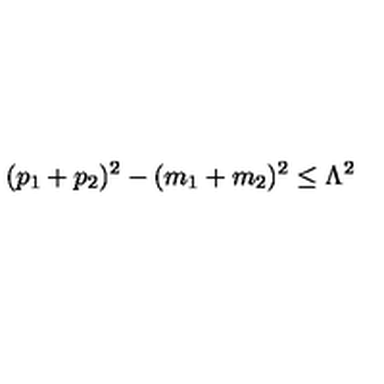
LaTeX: ( p _ { 1 } + p _ { 2 } ) ^ { 2 } - ( m _ { 1 } + m _ { 2 } ) ^ { 2 } \le \Lambda ^ { 2 } \,